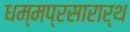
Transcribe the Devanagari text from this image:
धम्मप्रसारार्थ